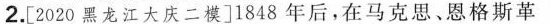
2.[2020黑龙江大庆二模]1848年后，在马克思、恩格斯革